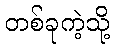
တစ်ခုကဲ့သို့